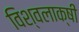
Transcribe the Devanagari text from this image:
विश्वलाक्षी